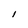
Character: 1